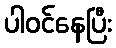
ပါဝင်နေပြီး